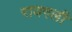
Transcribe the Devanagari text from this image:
रायगली